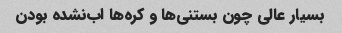
بسیار عالی چون بستنی‌ها و کره‌ها اب‌نشده بودن